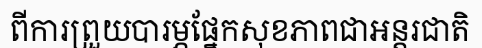
ពីការព្រួយបារម្ភផ្នែកសុខភាពជាអន្តរជាតិ